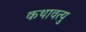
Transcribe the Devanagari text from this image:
कथावत्यु